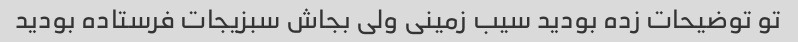
تو توضیحات زده بودید سیب زمینی ولی بجاش سبزیجات فرستاده بودید